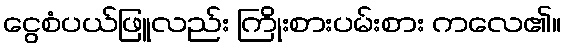
ငွေစံပယ်ဖြူလည်း ကြိုးစားပမ်းစား ကလေ၏။